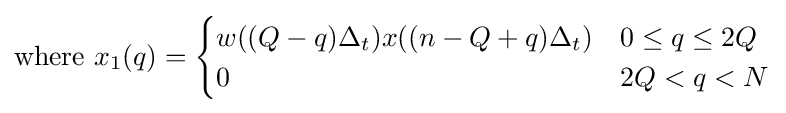
{\text{where }}x_{1}(q)={\begin{cases}w((Q-q)\Delta _{t})x((n-Q+q)\Delta _{t})&0\leq q\leq 2Q\\0&2Q<q<N\end{cases}}